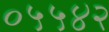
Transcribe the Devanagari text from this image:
०५५४२